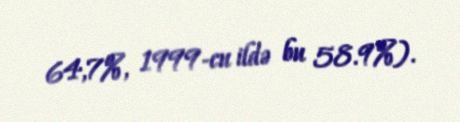
64,7%, 1999-cu ildə bu 58.9%).